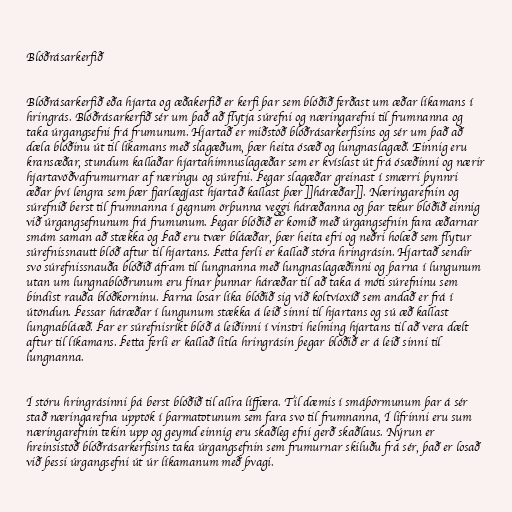
Blóðrásarkerfið

Blóðrásarkerfið eða hjarta og æðakerfið er kerfi þar sem blóðið ferðast um æðar líkamans í
hringrás. Blóðrásarkerfið sér um það að flytja súrefni og næringarefni til frumnanna og
taka úrgangsefni frá frumunum. Hjartað er miðstöð blóðrásarkerfisins og sér um það að
dæla blóðinu út til líkamans með slagæðum, þær heita ósæð og lungnaslagæð. Einnig eru
kransæðar, stundum kallaðar hjartahimnuslagæðar sem er kvíslast út frá ósæðinni og nærir
hjartavöðvafrumurnar af næringu og súrefni. Þegar slagæðar greinast í smærri þynnri
æðar því lengra sem þær fjarlægjast hjartað kallast þær ]]háræðar]]. Næringarefnin og
súrefnið berst til frumnanna í gegnum örþunna veggi háræðanna og þar tekur blóðið einnig
við úrgangsefnunum frá frumunum. Þegar blóðið er komið með úrgangsefnin fara æðarnar
smám saman að stækka og Það eru tvær bláæðar, þær heita efri og neðri holæð sem flytur
súrefnissnautt blóð aftur til hjartans. Þetta ferli er kallað stóra hringrásin. Hjartað sendir
svo súrefnissnauða blóðið áfram til lungnanna með lungnaslagæðinni og þarna í lungunum
utan um lungnablöðrunum eru fínar þunnar háræðar til að taka á móti súrefninu sem
bindist rauða blóðkorninu. Þarna losar líka blóðið sig við koltvíoxíð sem andað er frá í
útöndun. Þessar háræðar í lungunum stækka á leið sinni til hjartans og sú æð kallast
lungnabláæð. Þar er súrefnisríkt blóð á leiðinni í vinstri helming hjartans til að vera dælt
aftur til líkamans. Þetta ferli er kallað litla hringrásin þegar blóðið er á leið sinni til
lungnanna.

Í stóru hringrásinni þá berst blóðið til allra líffæra. Til dæmis í smáþörmunum þar á sér
stað næringarefna upptök í þarmatotunum sem fara svo til frumnanna, Í lifrinni eru sum
næringarefnin tekin upp og geymd einnig eru skaðleg efni gerð skaðlaus. Nýrun er
hreinsistöð blóðrásarkerfisins taka úrgangsefnin sem frumurnar skiluðu frá sér, það er losað
við þessi úrgangsefni út úr líkamanum með þvagi.